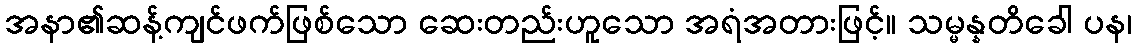
အနာ၏ဆန့်ကျင်ဖက်ဖြစ်သော ဆေးတည်းဟူသော အရံအတားဖြင့်။ သမ္မန္နတိခေါ ပန၊